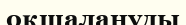
оқшалануды